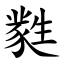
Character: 㽔